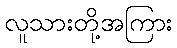
လူသားတို့အကြား